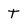
Character: t